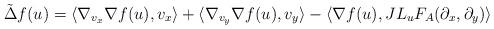
LaTeX: \begin{align*} \tilde{\Delta} f(u) &= \langle \nabla_{v_x} \nabla f(u), v_x \rangle + \langle \nabla_{v_y} \nabla f(u), v_y \rangle - \langle \nabla f(u), JL_u F_A(\partial_x, \partial_y) \rangle\end{align*}